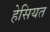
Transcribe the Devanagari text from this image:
हेसियत